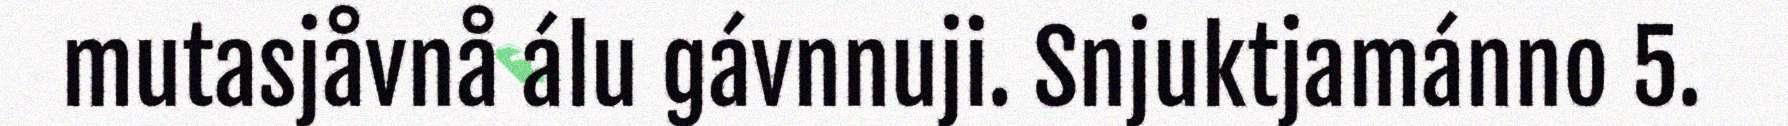
mutasjåvnå álu gávnnuji. Snjuktjamánno 5.